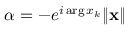
\alpha = - e ^ { i \arg x _ { k } } \| \mathbf { x } \|